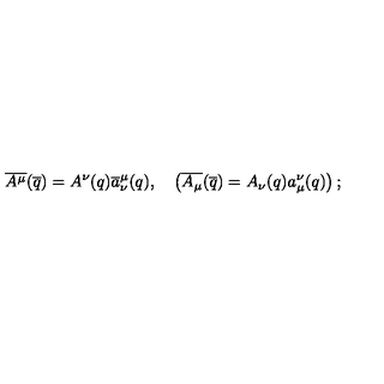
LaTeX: \overline { { A ^ { \mu } } } ( \overline { { q } } ) = A ^ { \nu } ( q ) \overline { { a } } _ { \nu } ^ { \mu } ( q ) , \quad \left( \overline { { A _ { \mu } } } ( \overline { { q } } ) = A _ { \nu } ( q ) { a } _ { \mu } ^ { \nu } ( q ) \right) ;